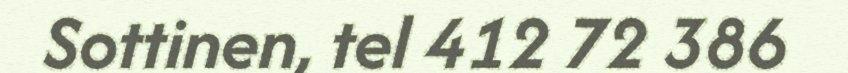
Sottinen, tel 412 72 386